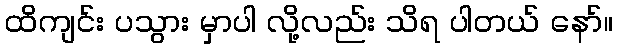
ထိကျင်း ပသွား မှာပါ လို့လည်း သိရ ပါတယ် နော်။